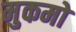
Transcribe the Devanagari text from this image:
मुकमो